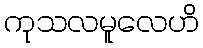
ကုသလမူလေဟိ